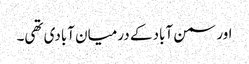
اور سمن آباد کے درمیان آبادی تھی۔